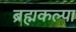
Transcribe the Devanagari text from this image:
ब्रह्मकल्पा